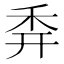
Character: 𥝯